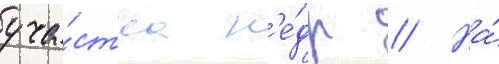
уча́стка н'е́др // На́